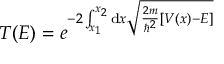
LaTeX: T ( E ) = e ^ { - 2 \int _ { x _ { 1 } } ^ { x _ { 2 } } \mathrm { d } x { \sqrt { { \frac { 2 m } { \hbar ^ { 2 } } } \left[ V ( x ) - E \right] } } }